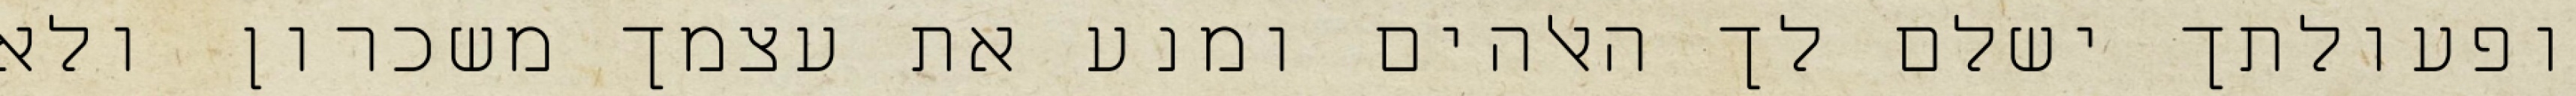
ופעולתך ישלם לך האלהים ומנע את עצמך משכרון ולא